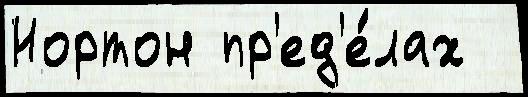
Нортон пр'ед'е́лах